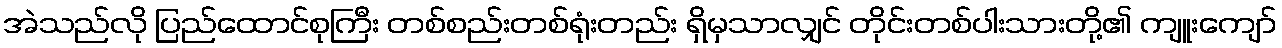
အဲသည်လို ပြည်ထောင်စုကြီး တစ်စည်းတစ်ရုံးတည်း ရှိမှသာလျှင် တိုင်းတစ်ပါးသားတို့၏ ကျူးကျော်